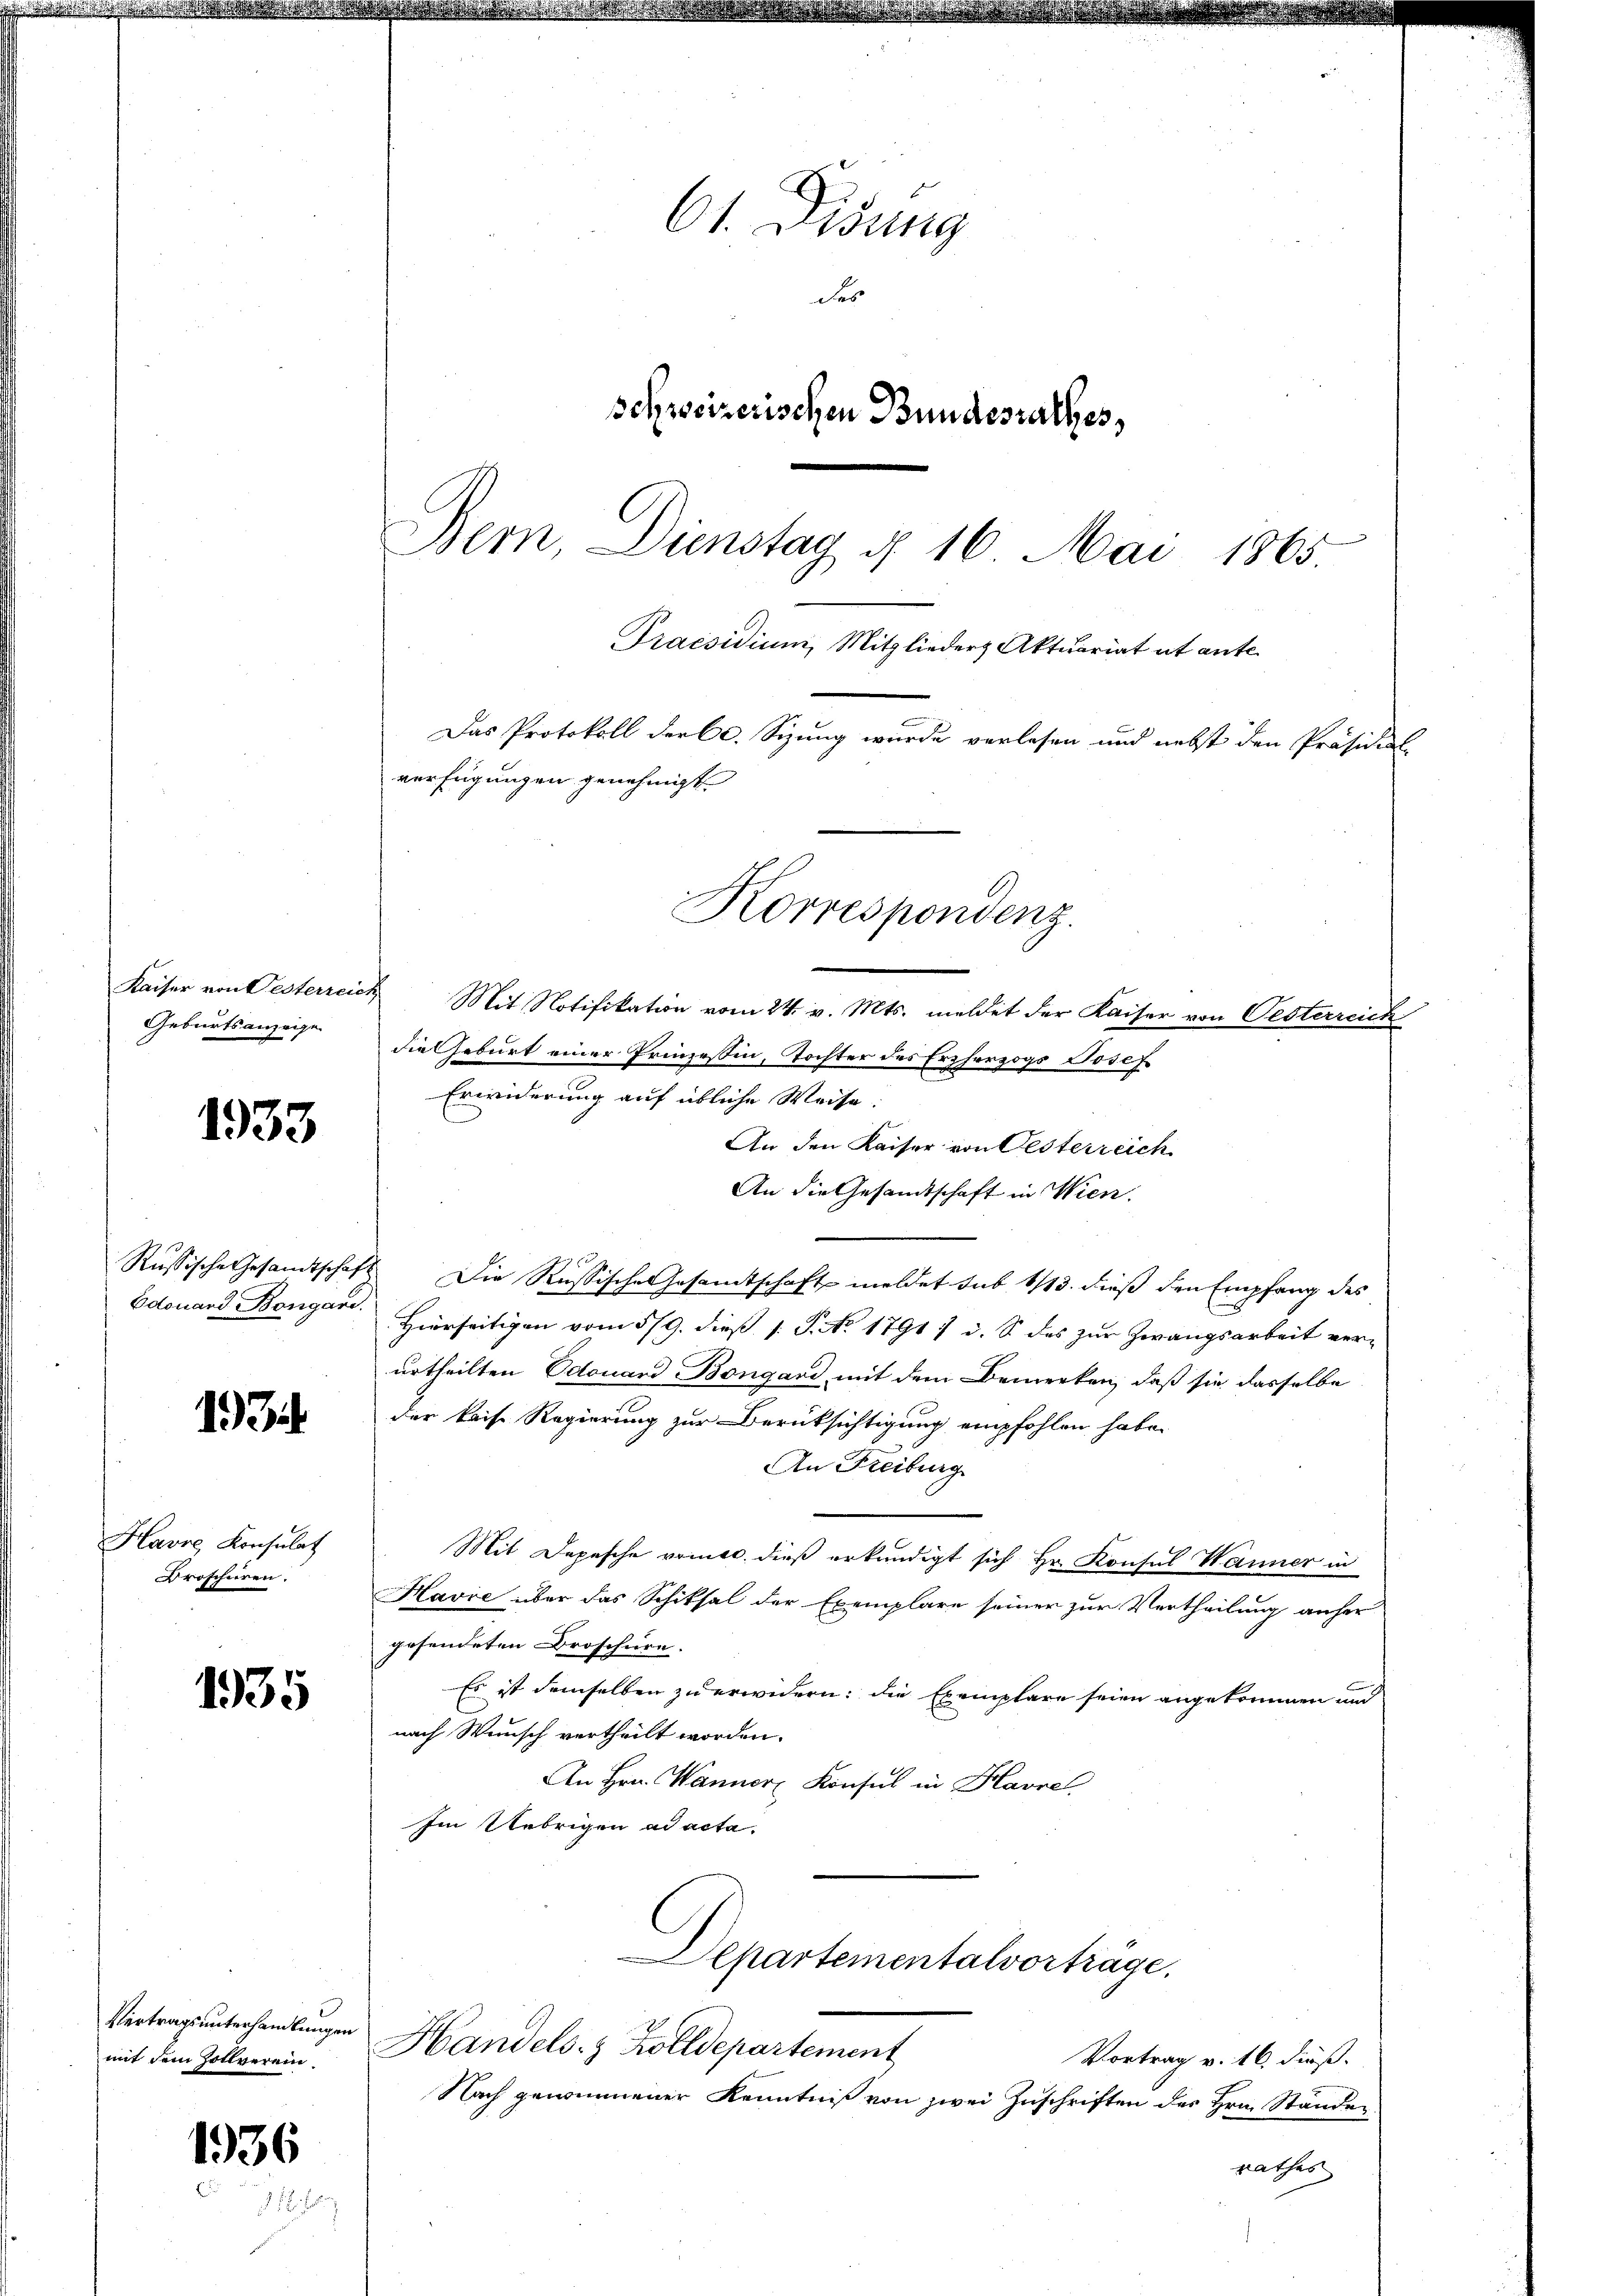
Kaiser von Testerrei
Geburtsanzeige

1933

Russische Gesandtschaf
Edouard Bongari.

193

Havre, Konsulat
Broscheren.

1935

Vertragsunterhandlungen
mit dem Zollverein

1936

61. Disung
des
schweizerischen Bundesrathes,
Bern, Dienstag d. 16. Mai 1865.
Praesidium, Mitglieder Aktuariat ut ante.
Das Protokoll der C. Sizung wurde verlesen und nebst den Präsidial
verfügungen genehmigt.

Korrespondenz.

Mit Notifikation vom 24. v. Mts. meldet der Kaiser von Oesterreich
die Geburt einer Prinzessin, Tochter des Erzherzogs Josef
Erwiderung auf übliche Weise:
An den Kaiser von Oesterreich
An die Gesandtschaft in Wien.
Die Russische Gesamtschaft meldet sub 1113. dieß den Empfang des
Hierseitigen vom 5/9. dieß J. N. 1791 / i. S. des zur Zwangsarbeit ver-
urtheilten Odouard Bongard mit dem Bemerken, daß sie dasselbe
der kaise Regierung zur Berüksichtigung empfohlen habe.
An Freiburg
Mit Depesche vomer dieß erkundigt sich Hr. Konsul Wanner in
Havre über das Schiksal der Exemplare seiner zur Vertheilung anher
gesendeten Droschurn.
Es ist demselben zu erwidern: die Exemplare seien angekommen und
nach Wunsch vertheilt worden.
An Hrn. Wanner Konsul in Havre
Im Uebrigen ad acta.

Departementalvorträge.
Handels- & Zolldepartement

Vortrag v. 16. dieß.
Nach genommener Kenntniß von zwei Zuschriften des Hrn. Ständen
rathes